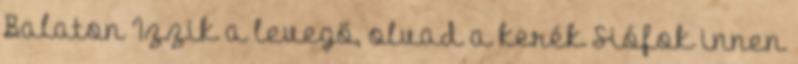
Balaton Izzik a levegő, olvad a kerék Siófok innen